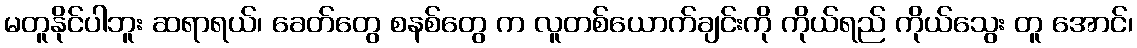
မတူနိုင်ပါဘူး ဆရာရယ်၊ ခေတ်တွေ စနစ်တွေ က လူတစ်ယောက်ချင်းကို ကိုယ်ရည် ကိုယ်သွေး တူ အောင်၊